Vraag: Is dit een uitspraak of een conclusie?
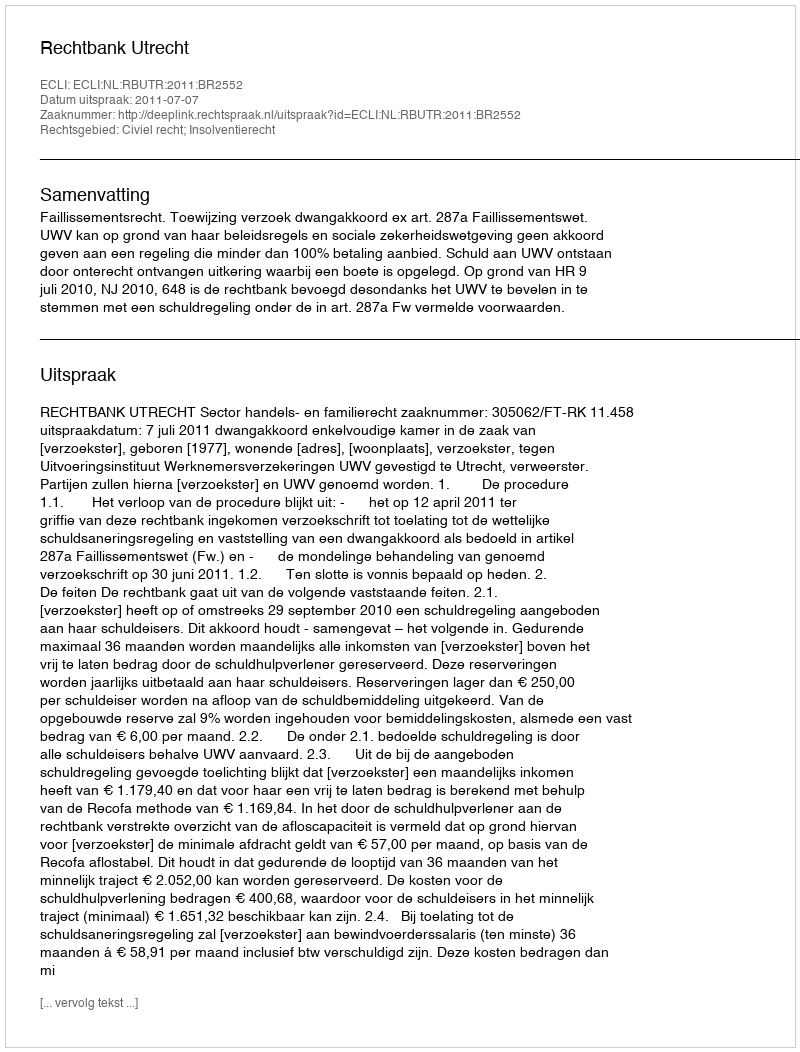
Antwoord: Uitspraak